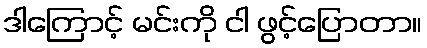
ဒါကြောင့် မင်းကို ငါ ဖွင့်ပြောတာ။